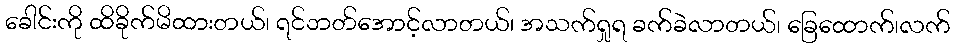
ခေါင်းကို ထိခိုက်မိထားတယ်၊ ရင်ဘတ်အောင့်လာတယ်၊ အသက်ရှုရ ခက်ခဲလာတယ်၊ ခြေထောက်၊လက်